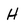
Character: H